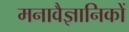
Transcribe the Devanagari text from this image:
मनावैज्ञानिकों